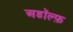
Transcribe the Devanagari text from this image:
अडॉल्फ़